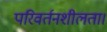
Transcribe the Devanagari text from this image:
परिवर्तनशीलता।